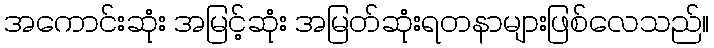
အကောင်းဆုံး အမြင့်ဆုံး အမြတ်ဆုံးရတနာများဖြစ်လေသည်။